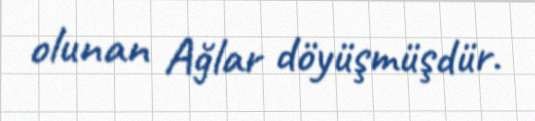
olunan Ağlar döyüşmüşdür.